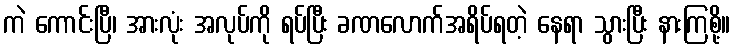
ကဲ ကောင်းပြီ၊ အားလုံး အလုပ်ကို ရပ်ပြီး ခဏလောက်အရိပ်ရတဲ့ နေရာ သွားပြီး နားကြစို့။